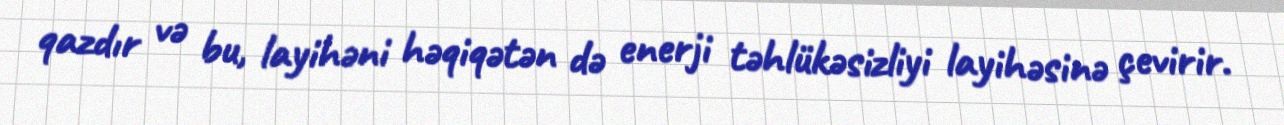
qazdır və bu, layihəni həqiqətən də enerji təhlükəsizliyi layihəsinə çevirir.